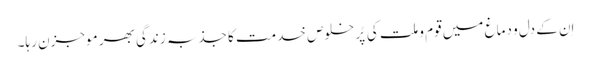
اِن کے دل و دماغ میں قوم و ملت کی پُر خلوص خدمت کا جذبہ زندگی بھر موجزن رہا۔